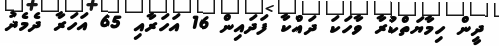
ދީން ހިމާޔަތްކުރާ ވާހަކަ ދައްކާ ފަދައިން 16 އަހަރާއި 65 އަހަރާ ދެމެދު